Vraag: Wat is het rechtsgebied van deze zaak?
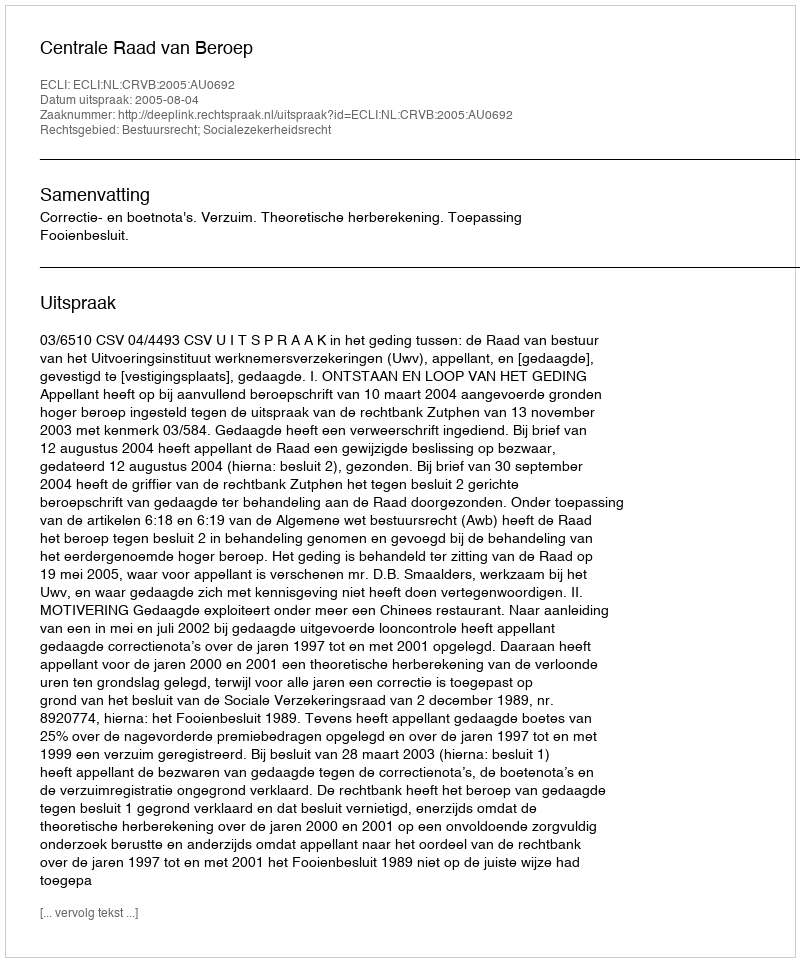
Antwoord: Bestuursrecht; Socialezekerheidsrecht